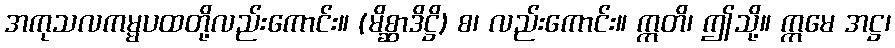
အကုသလကမ္မပထတို့လည်းကောင်း။ (မိစ္ဆာဒိဋ္ဌိ) စ၊ လည်းကောင်း။ ဣတိ၊ ဤသို့။ ဣမေ အဋ္ဌ၊